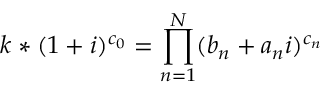
k * ( 1 + i ) ^ { c _ { 0 } } = \prod _ { n = 1 } ^ { N } ( b _ { n } + a _ { n } i ) ^ { c _ { n } }